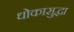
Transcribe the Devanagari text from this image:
धोकासुद्धा